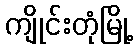
ကျိုင်းတုံမြို့